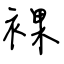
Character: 裸